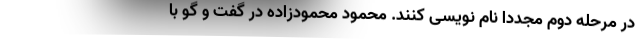
در مرحله دوم مجددا نام نویسی کنند. محمود محمودزاده در گفت و گو با